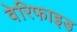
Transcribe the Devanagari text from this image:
वेरिफाइड